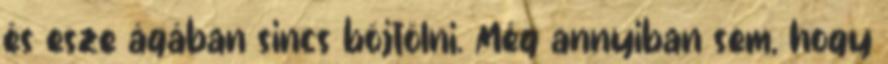
és esze ágában sincs böjtölni. Még annyiban sem, hogy